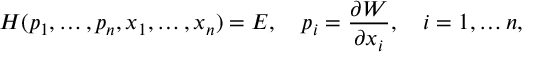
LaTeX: H ( p _ { 1 } , \ldots , p _ { n } , x _ { 1 } , \ldots , x _ { n } ) = E , \quad p _ { i } = { \frac { \partial W } { \partial x _ { i } } } , \quad i = 1 , \ldots n ,